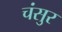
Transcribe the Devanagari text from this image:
चंसुर